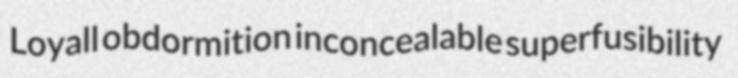
Loyall obdormition inconcealable superfusibility